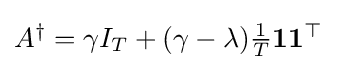
{\textstyle A^{\dagger }=\gamma I_{T}+(\gamma -\lambda ){\frac {1}{T}}\mathbf {1} \mathbf {1} ^{\top }}